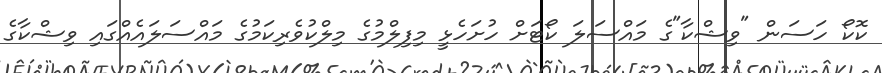
ކޮކޯ ހަސަން "ވިޝްކާ"ގެ މައްސަލަ ކޯޓަށް ހުށަހެޅީ މިފިލްމުގެ މިލްކުވެރިކަމުގެ މައްސަލައެއްގައި ވިޝްކާގެ